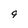
Character: 9